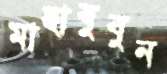
মাহাবুবুন